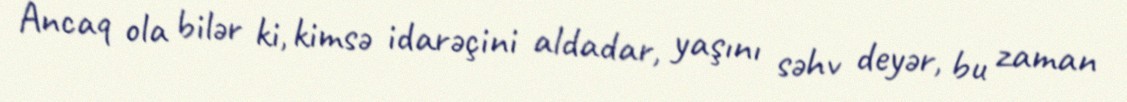
Ancaq ola bilər ki, kimsə idarəçini aldadar, yaşını səhv deyər, bu zaman